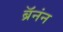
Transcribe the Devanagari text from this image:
ब्रॅनंन